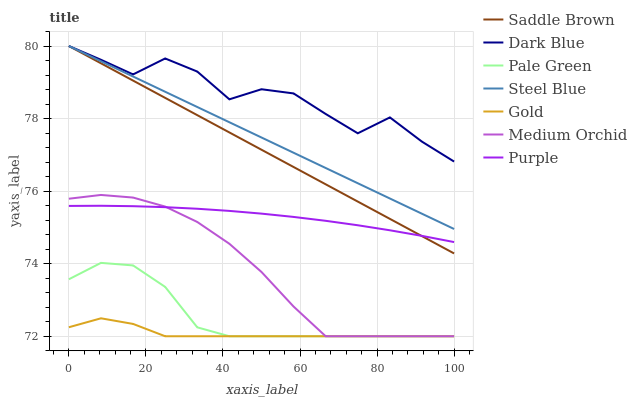
| xaxis_label | Saddle Brown | Dark Blue | Pale Green | Steel Blue | Gold | Medium Orchid | Purple |
 | --- | --- | --- | --- | --- | --- | --- | --- |
 | 0 | 80 | 80 | 73.6 | 80 | 72.2 | 75.8 | 75.6 |
 | 8.33 | 79.5 | 79.6 | 74 | 79.6 | 72.5 | 75.9 | 75.6 |
 | 16.7 | 79 | 79.2 | 74 | 79.2 | 72.3 | 75.8 | 75.6 |
 | 25 | 78.6 | 79.7 | 73.4 | 78.7 | 72 | 75.6 | 75.6 |
 | 33.3 | 78.1 | 79.3 | 72.2 | 78.3 | 72 | 75.1 | 75.5 |
 | 41.7 | 77.6 | 78.5 | 72 | 77.9 | 72 | 74.5 | 75.5 |
 | 50 | 77.1 | 78.8 | 72 | 77.5 | 72 | 73.8 | 75.4 |
 | 58.3 | 76.7 | 78.7 | 72 | 77.1 | 72 | 72.8 | 75.3 |
 | 66.7 | 76.2 | 78.1 | 72 | 76.6 | 72 | 72 | 75.2 |
 | 75 | 75.7 | 77.6 | 72 | 76.2 | 72 | 72 | 75.1 |
 | 83.3 | 75.2 | 78 | 72 | 75.8 | 72 | 72 | 74.9 |
 | 91.7 | 74.8 | 77.4 | 72 | 75.4 | 72 | 72 | 74.8 |
 | 100 | 74.3 | 76.8 | 72 | 75 | 72 | 72 | 74.6 |